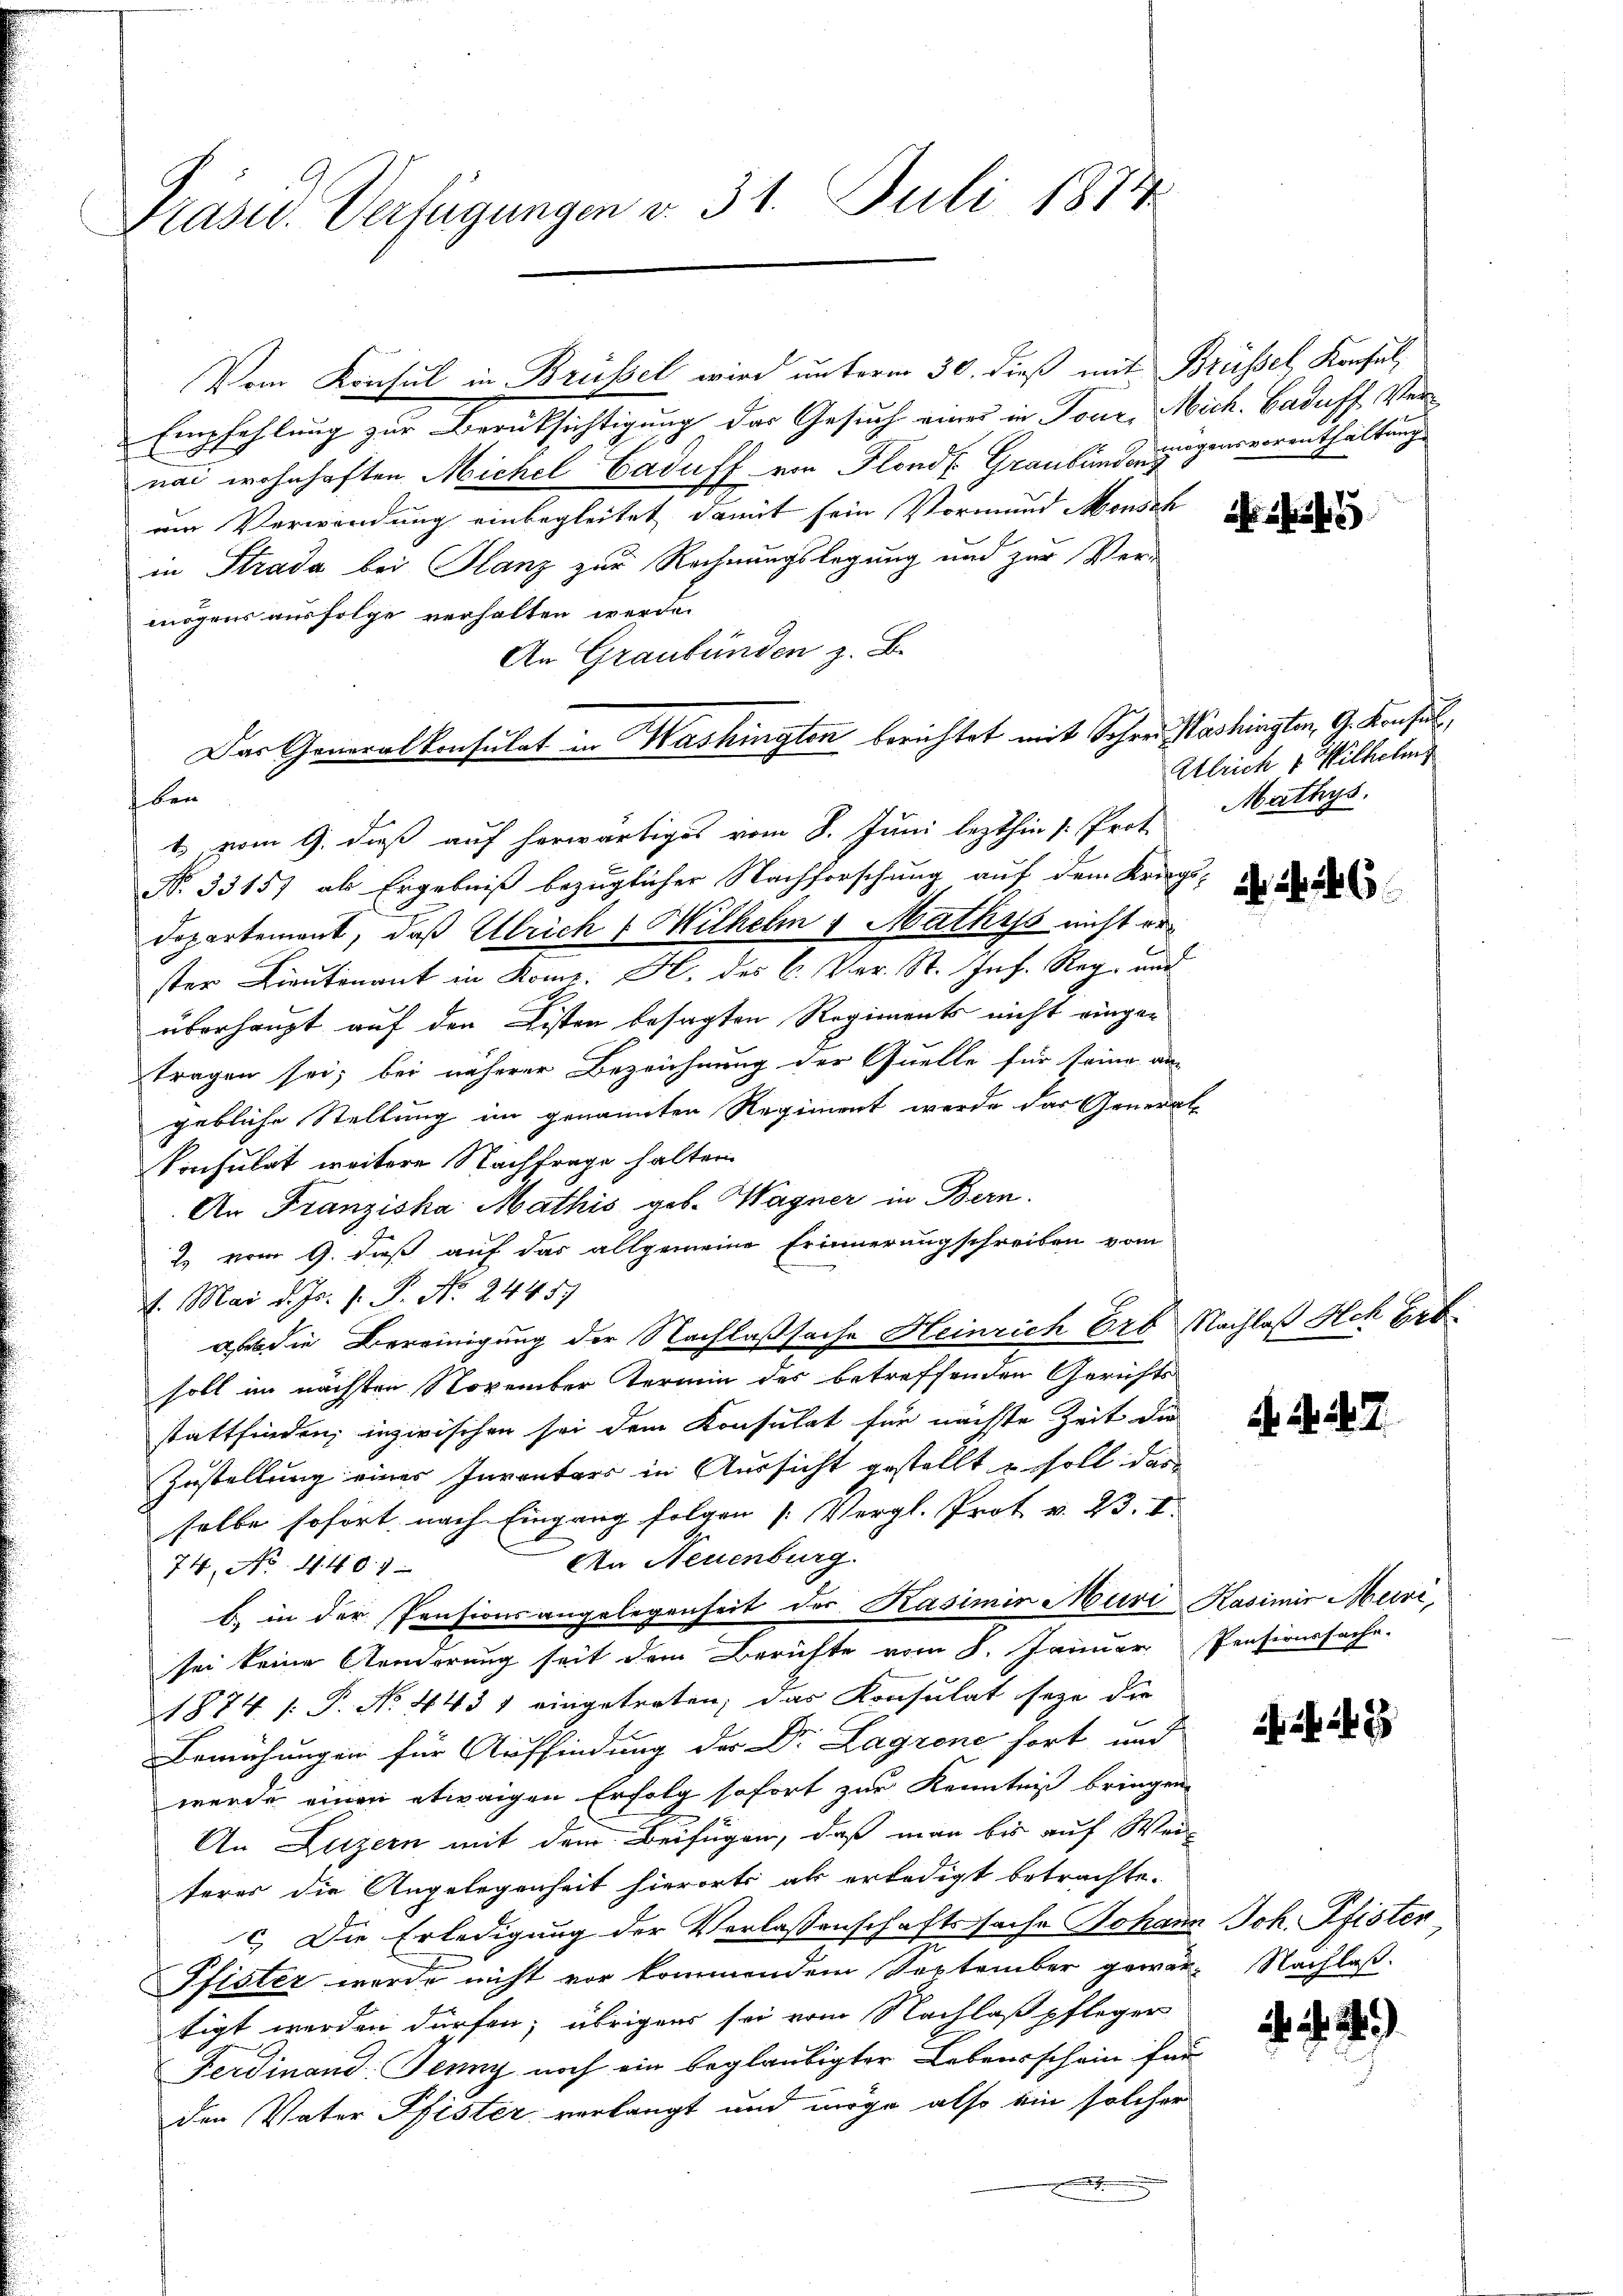
Präsid.. Verfügungen v. 31. Juli 1874

Vom Konsul in Brüssel wird unterm 30. dieß mit Brüssel, Konsul
Empfehlung zur Berücksichtigung das Gesuch eines in Tour, Mich. Baduff Ver-
nai wohnhaften Michel Caduff von Flonde Graubung zugegensvorenthaltung
em Verwendung einbegleitet, damit sein Vormund Mensch
in Strada bei Glanz zur Rechnungslegung und zur Vermögens ausfolge verhalten werde.
An Graubünden z. B.
Das Generalkonsulat in Hashingten berichtet mit Schrei Washingten, G. Konsul
ben
1 vom 9. dieß auf herwärtiges vom 8. Juni lezthin 1. Prot. Mathys.
N. 33157 als Ergebniß bezüglicher Nachforschung auf dem Kriegs-
Departement, daß Ulrich 1 Wilhelm 1 Mathys nicht er
ster Lieutnant in Konr. H. des C. Pr. St. Joh. Reg- und
überhaupt auf den Listen besagten Regiments nicht einger
tragen sei; bei näherer Bezeichnung der Quelle für seine angebliche Stellung im genannten Regiment werde das General-
Konsulat weitere Nachfrage halten
An Franziska Mathis geb. Wagner in Bern.
2. vom 9. daß auf das allgemeine Erinnerungschreiben vom
4. Mai d. Js. J. P. Nr. 24457
a die Bereinigung der Nachlaßsache Heinrich Erb Nachlaß Ach Erbsoll im nächsten November Termin des betreffenden Gerichts
stattfinden; inzwischen sei dem Konsulat für nächste Zeit die
Zustellung einer Inventars in Aussicht gestellt u. soll das
selbe sofort nach Eingang folgen [Vergl. Prot v. 23. I
An Neuenburg
74, No. 4. 40. 7
b. in der Pensionsangelegenheit der Kasimir Muri Kasimir Muri,
sei keine Aenderung seit dem Berichte vom 8. Januar Pensionssache.
1874 [ P. No 443 f eingetreten; das Konsulat seye die
Bemühungen für Auffindung der Dr. Lagrene fort und
werde einen etwaigen Erfolg sofort zur Kenntniß bringen
An Luzern mit dem Beifügen, daß man bis auf Weiterer die Angelegenheit hierorts als erledigt betrachte.
c. Die Erledigung der Verlassenschaftssache Johann Joh. Pfister,
Pfister werde nicht vor kommendem September gewärtigt werden dürfen; übrigens sei vom Nachlaß pfleger
Ferdinand: Jenny noch ein beglaubigter Lebensschein für
den Vater Pfister verlangt und möge also ein solcher
.

Alrich 1. Wilhelms

6

i. a. a. 7.

Nachlaß.

i

)